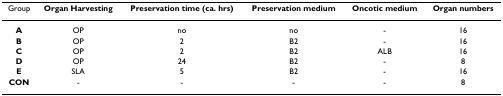
<table><thead><tr><td><b>Group</b></td><td><b>Organ Harvesting</b></td><td><b>Preservation time (ca. hrs)</b></td><td><b>Preservation medium</b></td><td><b>Oncotic medium</b></td><td><b>Organ numbers</b></td></tr></thead><tbody><tr><td><b>A</b></td><td>OP</td><td>no</td><td>no</td><td>-</td><td>16</td></tr><tr><td><b>B</b></td><td>OP</td><td>2</td><td>B2</td><td>-</td><td>16</td></tr><tr><td><b>C</b></td><td>OP</td><td>2</td><td>B2</td><td>ALB</td><td>16</td></tr><tr><td><b>D</b></td><td>OP</td><td>24</td><td>B2</td><td>-</td><td>8</td></tr><tr><td><b>E</b></td><td>SLA</td><td>5</td><td>B2</td><td>-</td><td>16</td></tr><tr><td><b>CON</b></td><td>-</td><td>-</td><td>-</td><td>-</td><td>8</td></tr></tbody></table>